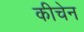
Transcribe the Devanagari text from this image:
कीचेन